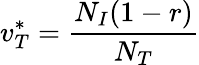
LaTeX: v_{T}^{*}=\frac{N_{I}(1-r)}{N_{T}}